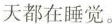
天都在睡觉。